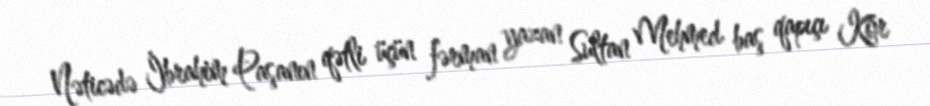
Nəticədə İbrahim Paşanın qətli üçün fərman yazan Sultan Mehmed baş qapıçı Kor